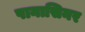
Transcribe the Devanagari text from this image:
पानासिनर